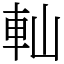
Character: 軕